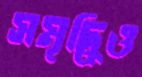
সমৃদ্ধিও